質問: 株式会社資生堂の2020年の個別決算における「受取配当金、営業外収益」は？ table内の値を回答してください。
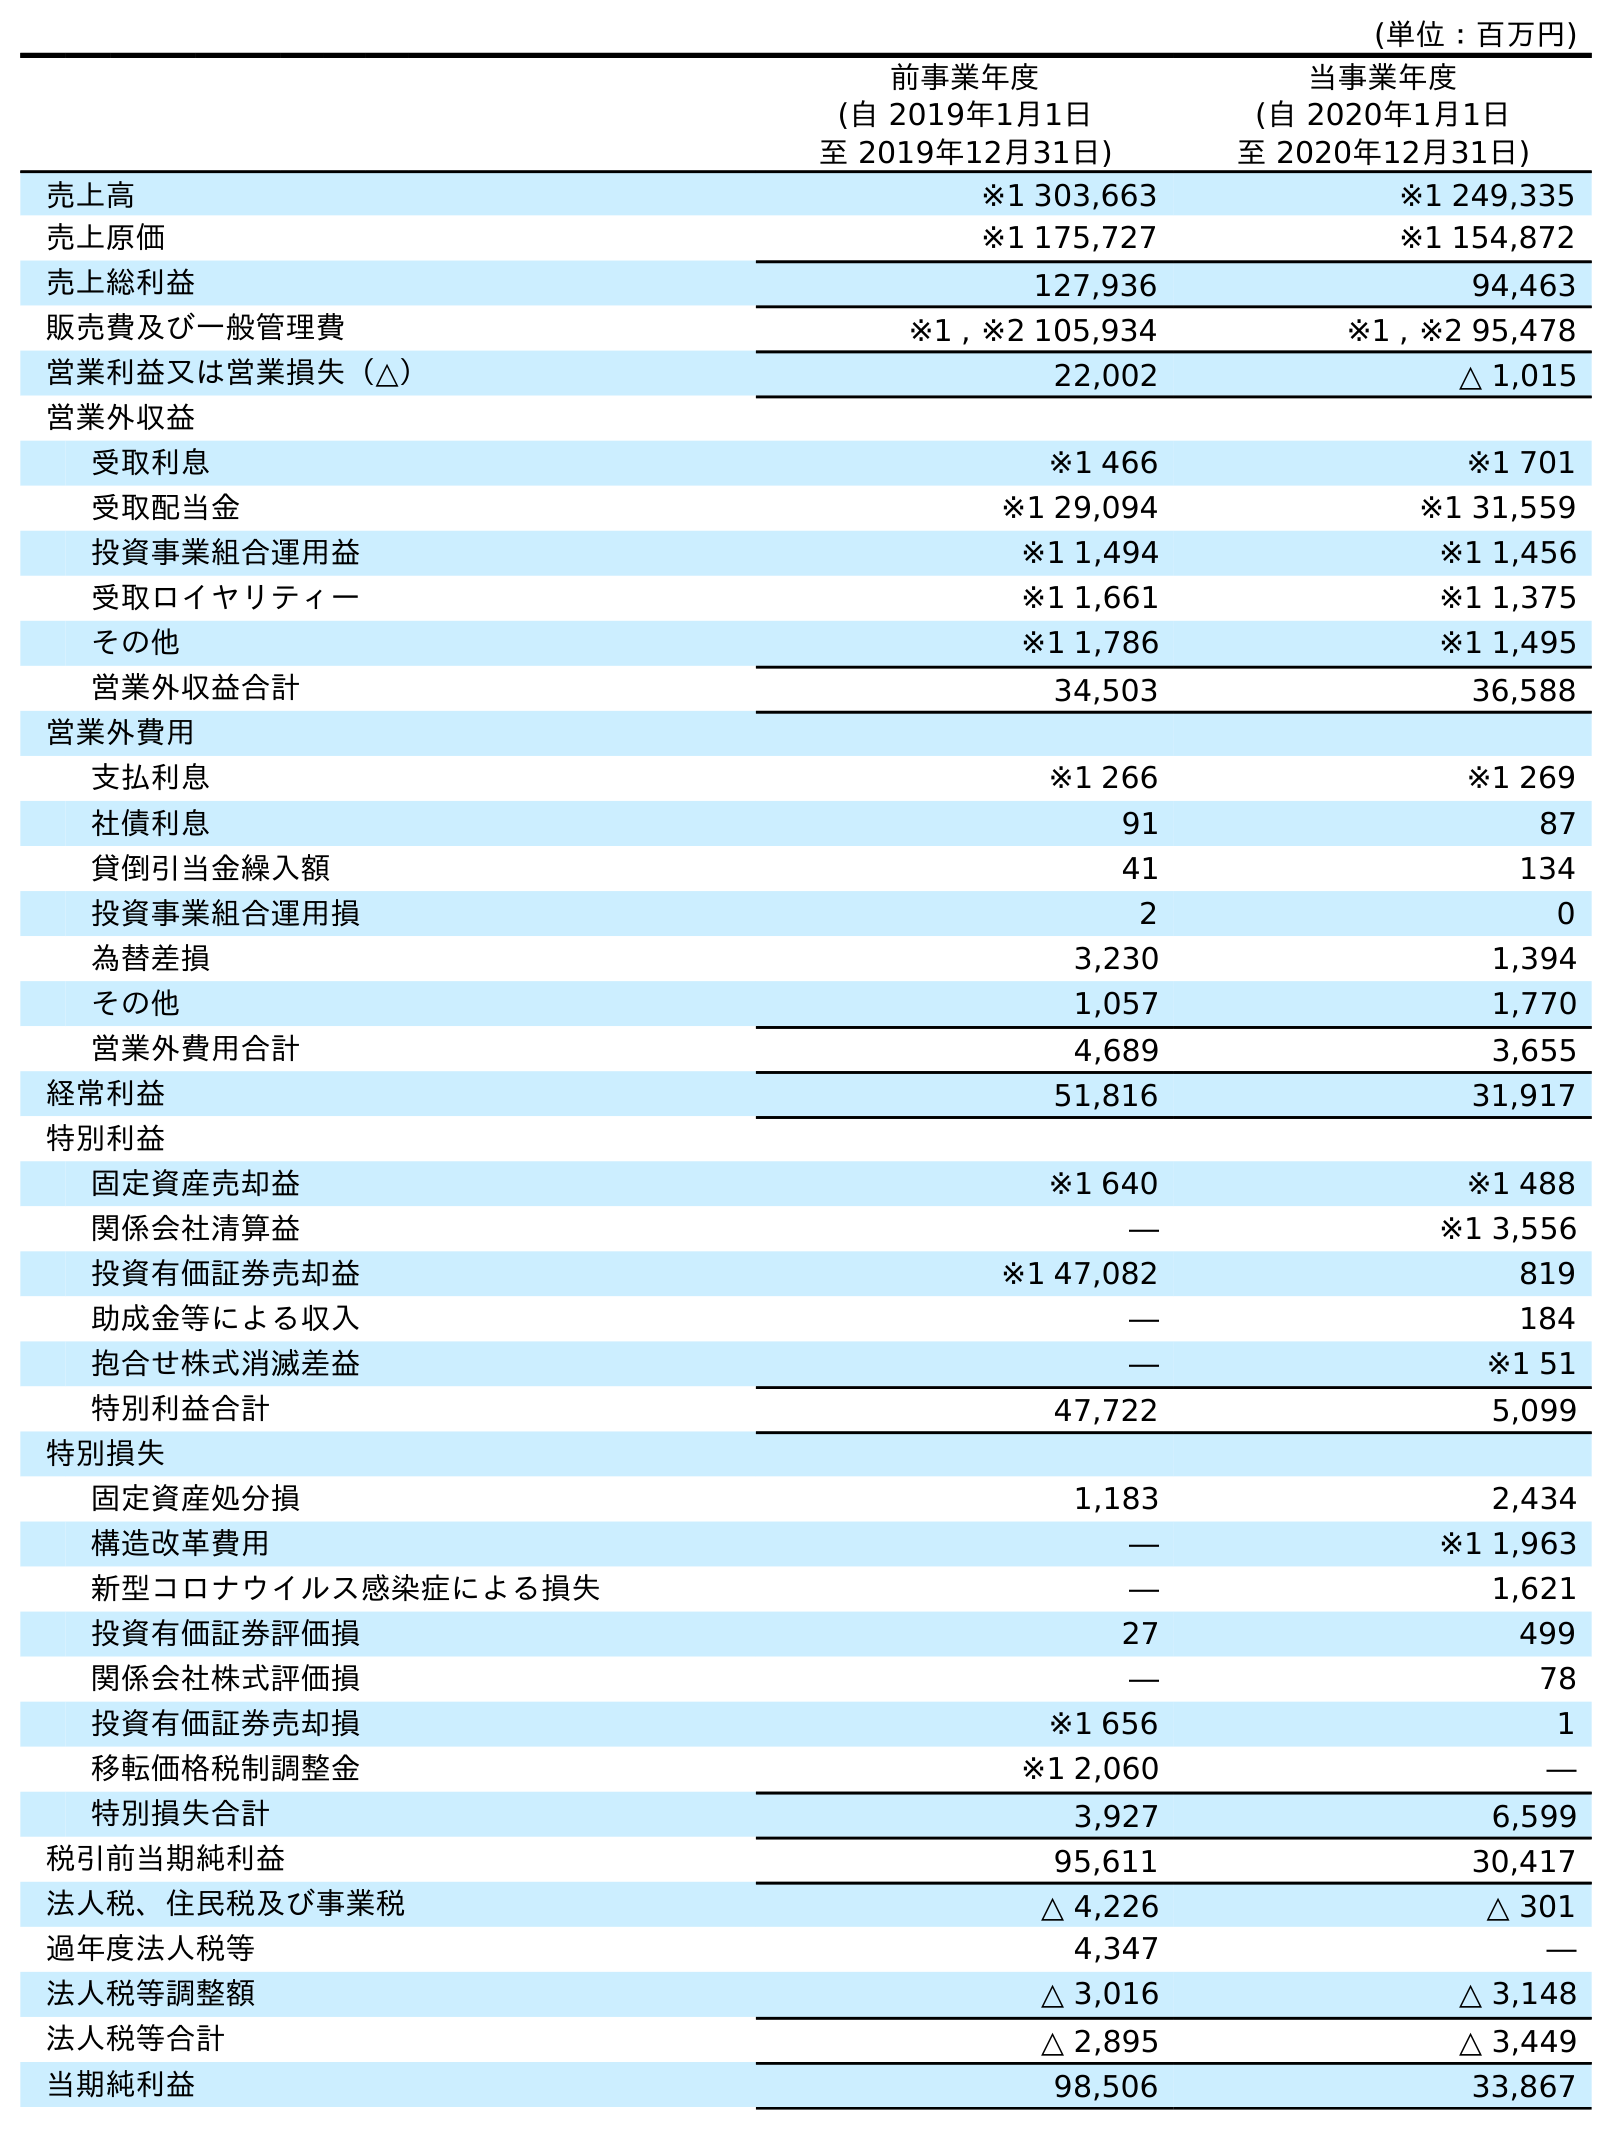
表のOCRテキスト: (単位：百万円) 前事業年度 (自 2019年1月1日 至 2019年12月31日) 当事業年度 (自 2020年1月1日 至 2020年12月31日) 売上高 ※1 303,663 ※1 249,335 売上原価 ※1 175,727 ※1 154,872 売上総利益 127,936 94,463 販売費及び一般管理費 ※1 , ※2 105,934 ※1 , ※2 95,478 営業利益又は営業損失（△） 22,002 △ 1,015 営業外収益 受取利息 ※1 466 ※1 701 受取配当金 ※1 29,094 ※1 31,559 投資事業組合運用益 ※1 1,494 ※1 1,456 受取ロイヤリティー ※1 1,661 ※1 1,375 その他 ※1 1,786 ※1 1,495 営業外収益合計 34,503 36,588 営業外費用 支払利息 ※1 266 ※1 269 社債利息 91 87 貸倒引当金繰入額 41 134 投資事業組合運用損 2 0 為替差損 3,230 1,394 その他 1,057 1,770 営業外費用合計 4,689 3,655 経常利益 51,816 31,917 特別利益 固定資産売却益 ※1 640 ※1 488 関係会社清算益 ― ※1 3,556 投資有価証券売却益 ※1 47,082 819 助成金等による収入 ― 184 抱合せ株式消滅差益 ― ※1 51 特別利益合計 47,722 5,099 特別損失 固定資産処分損 1,183 2,434 構造改革費用 ― ※1 1,963 新型コロナウイルス感染症による損失 ― 1,621 投資有価証券評価損 27 499 関係会社株式評価損 ― 78 投資有価証券売却損 ※1 656 1 移転価格税制調整金 ※1 2,060 ― 特別損失合計 3,927 6,599 税引前当期純利益 95,611 30,417 法人税、住民税及び事業税 △ 4,226 △ 301 過年度法人税等 4,347 ― 法人税等調整額 △ 3,016 △ 3,148 法人税等合計 △ 2,895 △ 3,449 当期純利益 98,506 33,867
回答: ※131,559